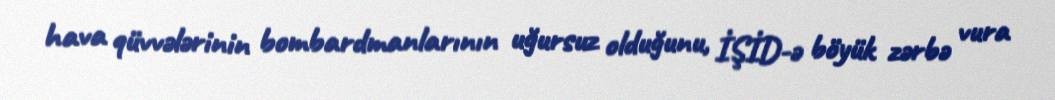
hava qüvvələrinin bombardmanlarının uğursuz olduğunu, İŞİD-ə böyük zərbə vura